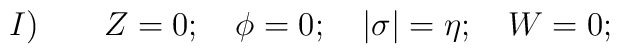
I ) \qquad Z=0;\quad \phi=0 ;\quad \vert\sigma\vert=\eta ;\quad W=0;